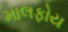
માલફોય